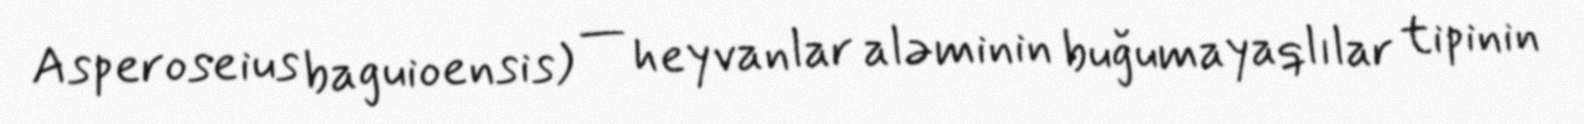
Asperoseius baguioensis) — heyvanlar aləminin buğumayaqlılar tipinin